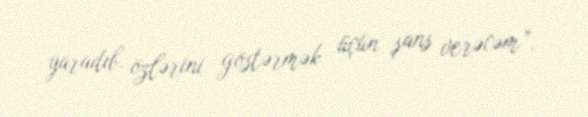
yaradıb, özlərini göstərmək üçün şans verəcəm”.